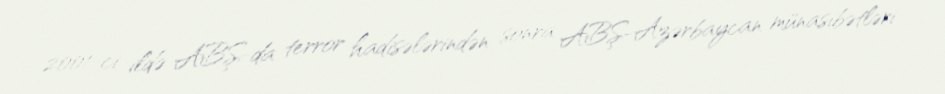
2001-ci ildə ABŞ-da terror hadisələrindən sonra ABŞ-Azərbaycan münasibətləri